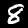
Label: 8